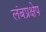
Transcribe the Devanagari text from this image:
लंबप्रक्षेप